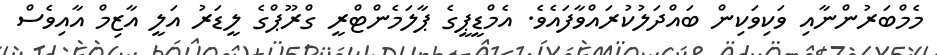
މެމްބަރުންނާއި ވަކިވަކިން ބައްދަލުކުރައްވާފައެވެ. އެމްޑީޕީގެ ޕާލަމެންޓްރީ ގްރޫޕްގެ ލީޑަރު އަލީ އާޒިމް އާއިވެސް